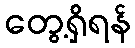
တွေ့ရှိရန်